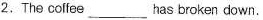
2.The colfee ___ has broken down.